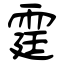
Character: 霆